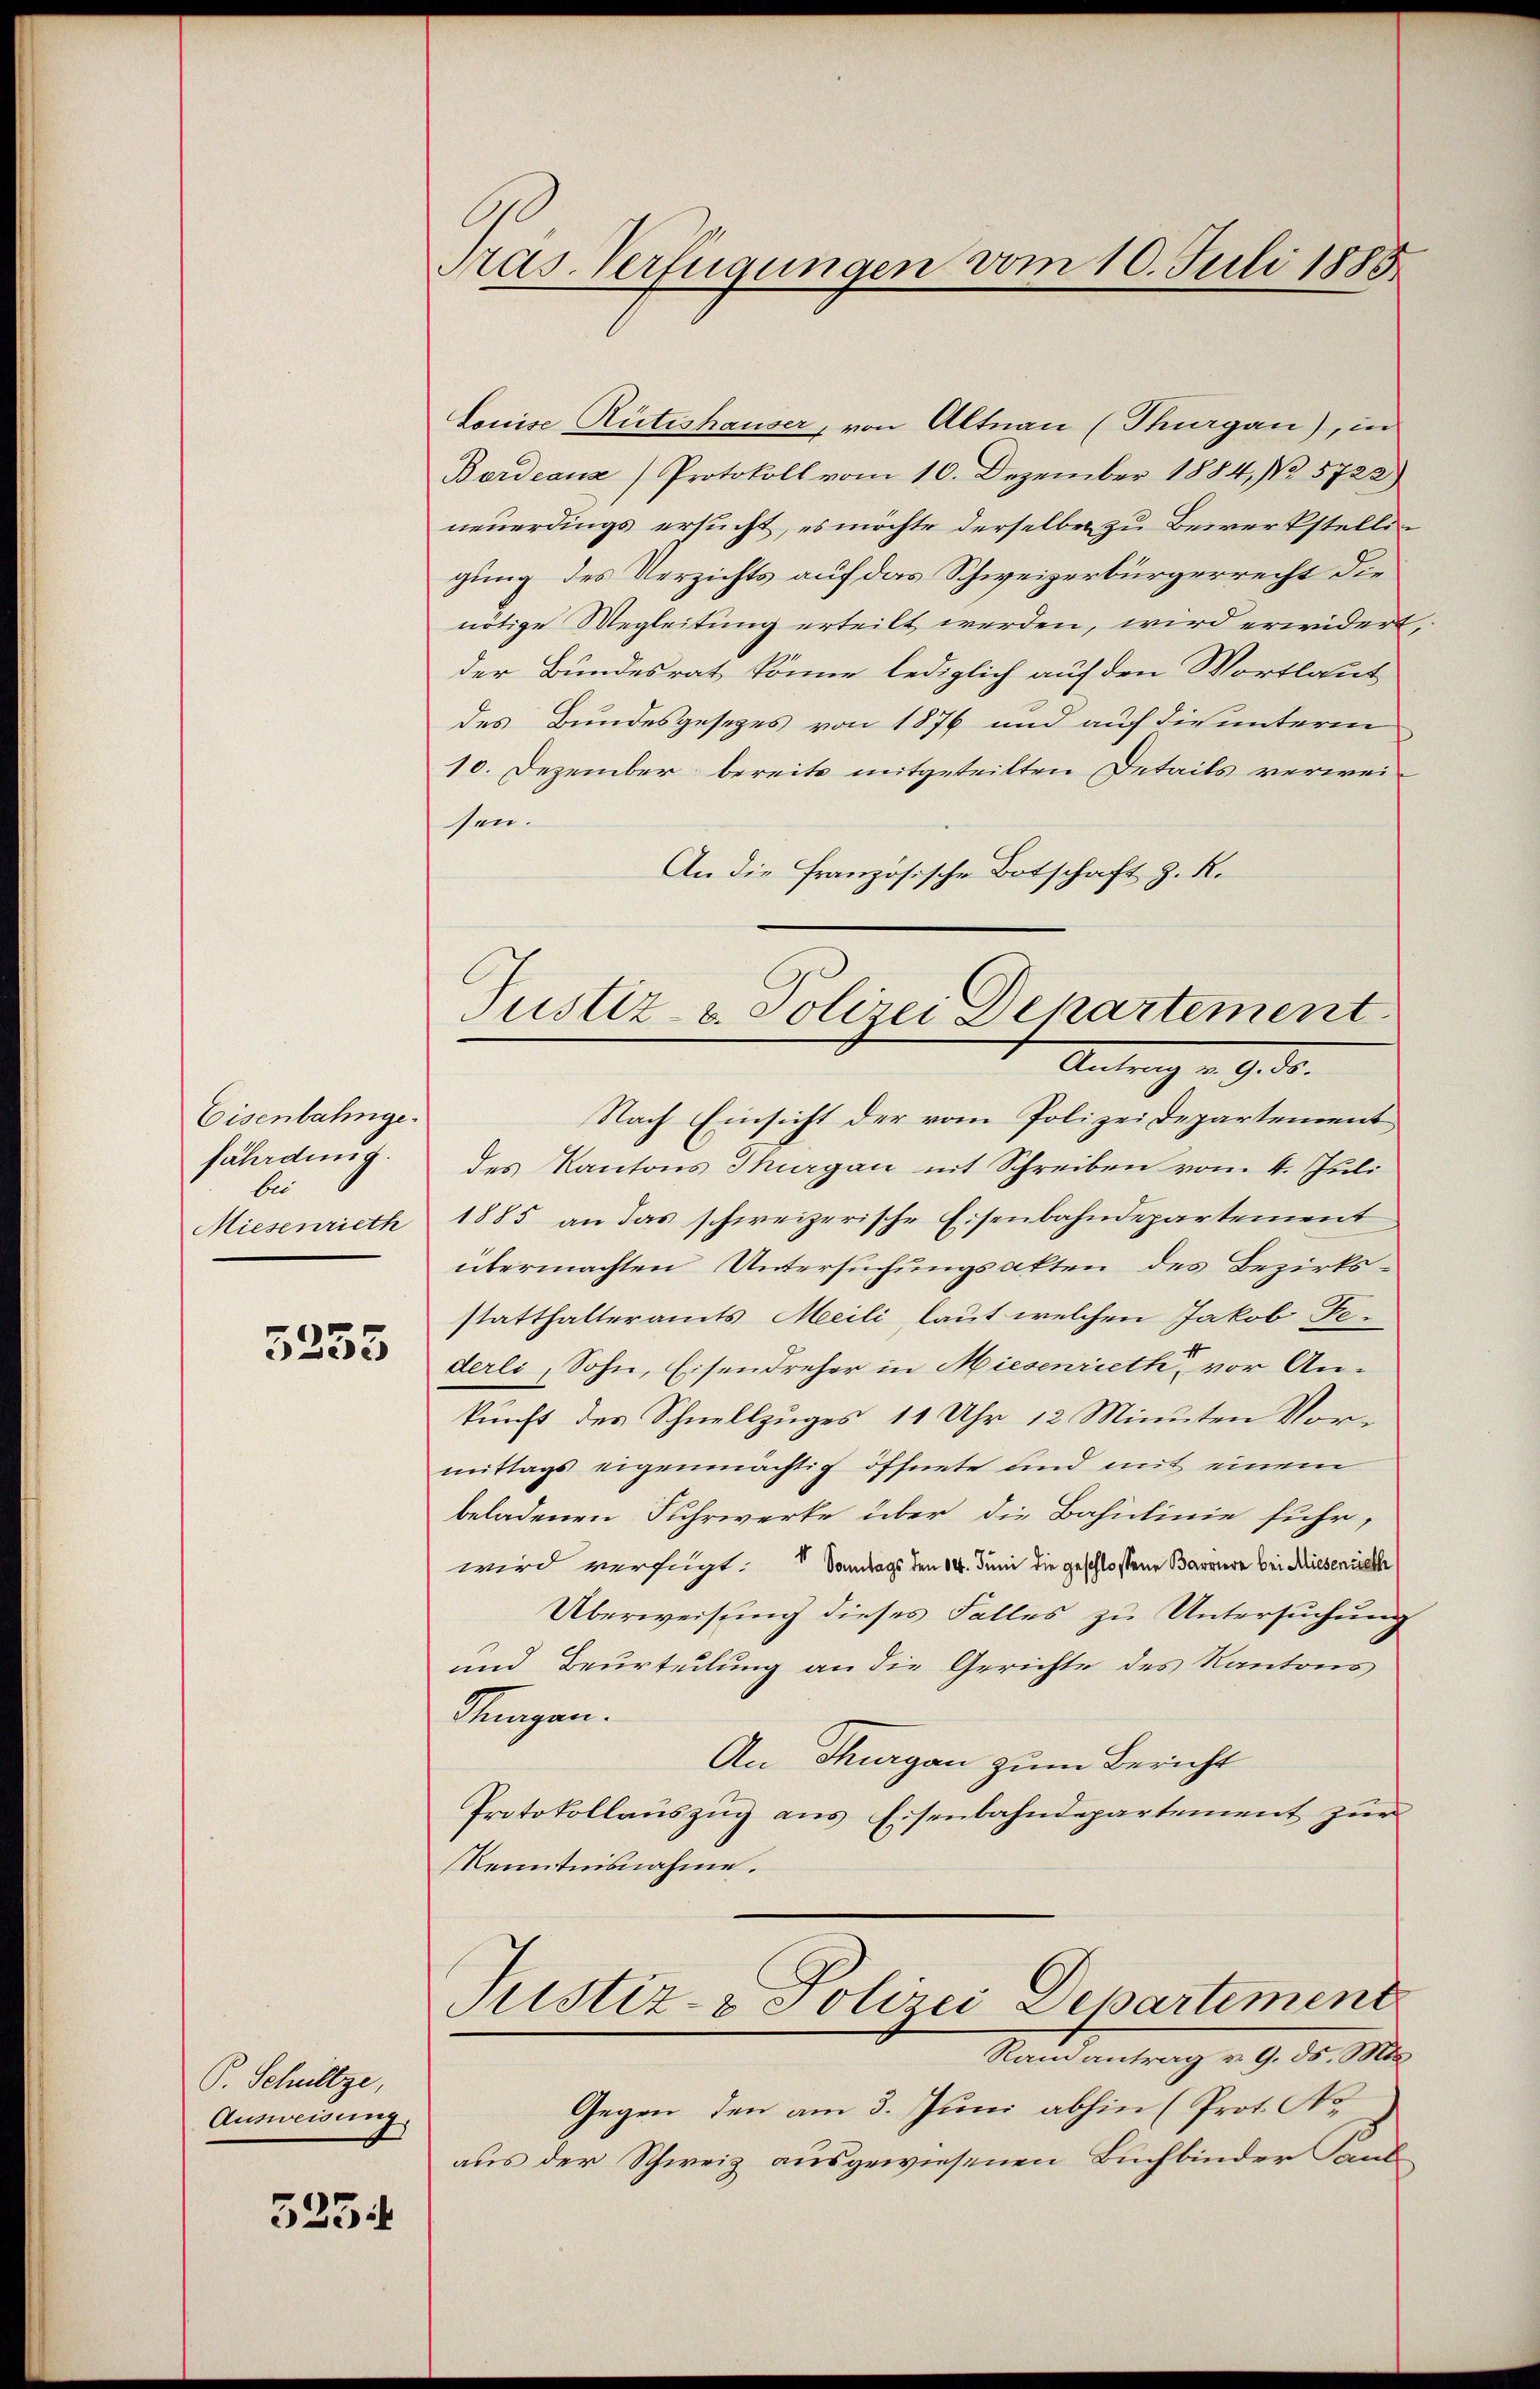
Eisenbahngefährdung.
bei
Miesenrieth

5235

P. Schultze,
Ausweisung.

3234

Pras. Verfügungen vom 10. Juli 1885

Louise Rütishauser, von Altnau (Thurgau), in
Bordeanz) Protokoll vom 10. Dezember 1884, No 5722)
neuerdings ersucht, es möchte derselben zu Bewerkstelligung des Verzichts auf das Schweizerbürgerrecht die
nötige Wegleitung erteilt werden, wird erwidert
der Bundesrat könne lediglich auf den Wortlaut
des Bundesgesetzes von 1876 und auf die unterm
10. Dezember bereite mitgeteilten Details verweisen.
An die französische Botschaft z. R.
Nach Einsicht der vom Polizeidepartement
des Kantons Thurgau mit Schreiben vom 4. Juli
1885 an das schweizerische Eisenbahndepartement
übermachten Untersuchungsakten des Bezirksstatthalteramts Meili, laut welchen Jakob Federli (Sohn, Eisendreher in Miesenrieth vor Ankunft des Schnellzuges 11 Uhr 12 Minuten Vormittags eigenmächtig öffnete und mit einem
beladenen Fuhrwerke über die Bahnlinie fuhr,
wird verfügt: Sonntags den 14. Juni die geschlossene Barriere bei Miesenrieth
Überweisung dieses Falles zu Untersuchung
und Beurteilung an die Gerichte des Kantons
Magen.
An Thurgau zum Bericht
Protokollauszug aus Eisenbahndepartement zur
Kenntnisnahme.
Justiz- & Polizei Departement
Stand antrag v. 9. d. M.
Gegen den am 3. Juni abhin (Prot. No
aus der Schweiz ausgewiesenen Buchbinder Kant

Justiz- u. Polizei Departement.
Antrag u. 9. ds.